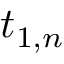
t _ { 1 , n }